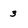
Character: 3